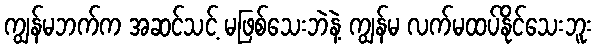
ကျွန်မဘက်က အဆင်သင့် မဖြစ်သေးဘဲနဲ့ ကျွန်မ လက်မထပ်နိုင်သေးဘူး